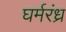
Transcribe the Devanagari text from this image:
घर्मरंध्र